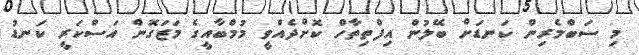
މި ސަބްމެރިން ކަނޑަށް ބޭލުން އިފްތިތާހް ކޮށްދެއްވީ މުމްބާއީގެ މަޒަގޮން އަސްކަރީ ކަނޑު